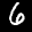
Label: 6